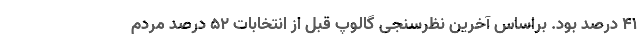
41 درصد بود. براساس آخرین نظرسنجی گالوپ قبل از انتخابات 52 درصد مردم